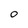
Character: 0